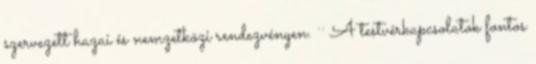
szervezett hazai és nemzetközi rendezvényen. ·· A testvérkapcsolatok fontos